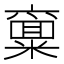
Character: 𱹟